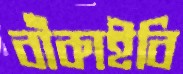
বাঁকাইবি